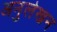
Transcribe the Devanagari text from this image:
अनुलेखन